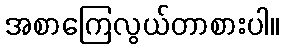
အစာကြေလွယ်တာစားပါ။